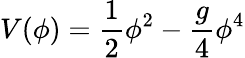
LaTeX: V(\phi)=\frac{1}{2}\phi^{2}-\frac{g}{4}\phi^{4}